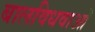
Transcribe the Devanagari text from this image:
बालविधवाओं